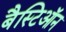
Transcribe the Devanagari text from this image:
बैस्टिऑन